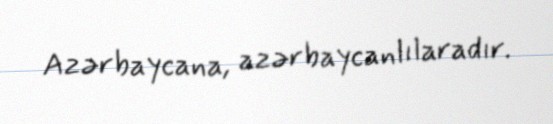
Azərbaycana, azərbaycanlılaradır.